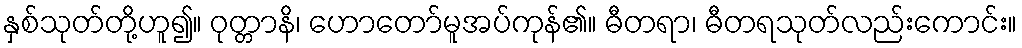
နှစ်သုတ်တို့ဟူ၍။ ဝုတ္တာနိ၊ ဟောတော်မူအပ်ကုန်၏။ ဓီတရာ၊ ဓီတရသုတ်လည်းကောင်း။